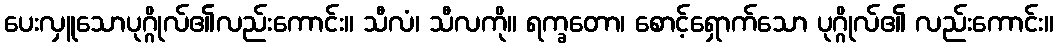
ပေးလှူသောပုဂ္ဂိုလ်၏လည်းကောင်း။ သီလံ၊ သီလကို။ ရက္ခတော၊ စောင့်ရှောက်သော ပုဂ္ဂိုလ်၏ လည်းကောင်း။